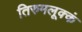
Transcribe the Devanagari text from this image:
तिरुमलूक्कं